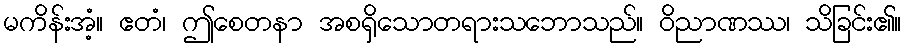
မကိန်းအံ့။ ဧတံ၊ ဤစေတနာ အစရှိသောတရားသဘောသည်။ ဝိညာဏဿ၊ သိခြင်း၏။